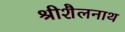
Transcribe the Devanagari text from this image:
श्रीशैलनाथ